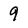
Character: 9